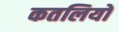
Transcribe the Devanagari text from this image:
कतलियों